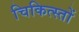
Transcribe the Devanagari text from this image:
चिकित्स्तों